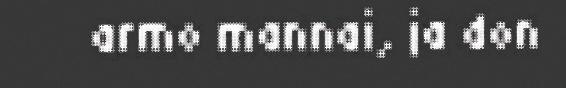
armo mannai, ja don